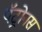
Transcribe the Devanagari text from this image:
पॅट्रोनस